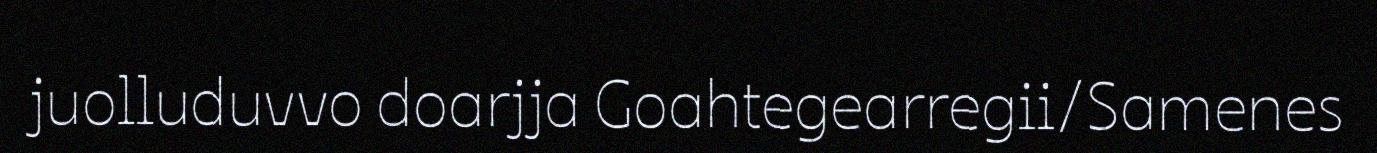
juolluduvvo doarjja Goahtegearregii/Samenes